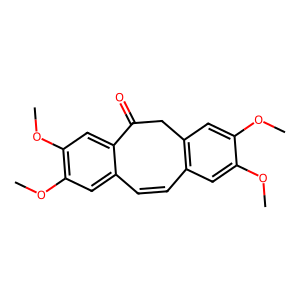
SMILES: COc1cc2c(cc1OC)CC(=O)c1cc(OC)c(OC)cc1C=C2
Inhibits HIV replication: No